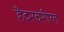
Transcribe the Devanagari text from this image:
हैदरवरील